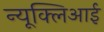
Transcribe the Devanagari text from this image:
न्यूक्लिआई